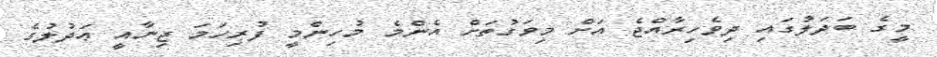
މީގެ ބަދަލުގައި ދިވެހިރާއްޖެ އަށް މިވަގުތަށް އެންމެ މުހިންމީ ފުރިހަމަ ޖިނާއީ ޢަދުލުގެ